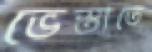
ভেস্তাতে